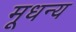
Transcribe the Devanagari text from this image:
मूधन्य